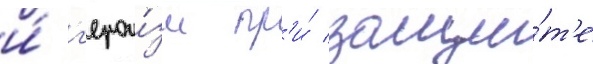
и́ г'ерои́зм пр'и́ защи́т'е